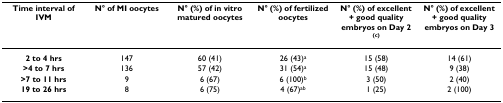
<table><thead><tr><td><b>Time interval of IVM</b></td><td><b>N° of MI oocytes</b></td><td><b>N° (%) of in vitro matured oocytes</b></td><td><b>N° (%) of fertilized oocytes</b></td><td><b>N° (%) of excellent + good quality embryos on Day 2 <sup>(c)</sup></b></td><td><b>N° (%) of excellent + good quality embryos on Day 3</b></td></tr></thead><tbody><tr><td><b>2 to 4 hrs</b></td><td>147</td><td>60 (41)</td><td>26 (43)<sup>a</sup></td><td>15 (58)</td><td>14 (61)</td></tr><tr><td><b>&gt;4 to 7 hrs</b></td><td>136</td><td>57 (42)</td><td>31 (54)<sup>a</sup></td><td>15 (48)</td><td>9 (38)</td></tr><tr><td><b>&gt;7 to 11 hrs</b></td><td>9</td><td>6 (67)</td><td>6 (100)<sup>b</sup></td><td>3 (50)</td><td>2 (40)</td></tr><tr><td><b>19 to 26 hrs</b></td><td>8</td><td>6 (75)</td><td>4 (67)<sup>ab</sup></td><td>1 (25)</td><td>2 (100)</td></tr></tbody></table>